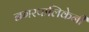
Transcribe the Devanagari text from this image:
नगरपालिकेनी